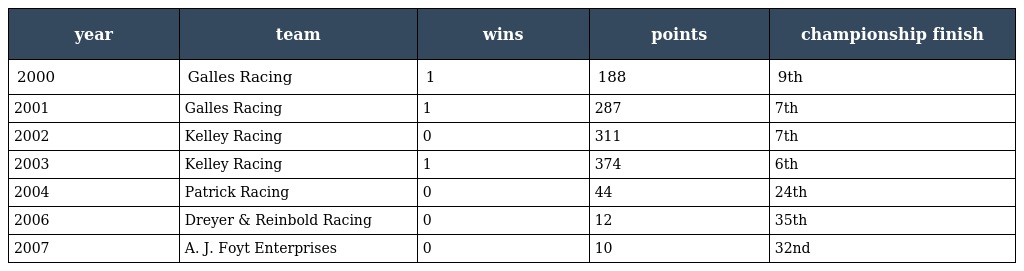
| year | team | wins | points | championship finish |
 | --- | --- | --- | --- | --- |
 | 2000 | Galles Racing | 1 | 188 | 9th |
 | 2001 | Galles Racing | 1 | 287 | 7th |
 | 2002 | Kelley Racing | 0 | 311 | 7th |
 | 2003 | Kelley Racing | 1 | 374 | 6th |
 | 2004 | Patrick Racing | 0 | 44 | 24th |
 | 2006 | Dreyer & Reinbold Racing | 0 | 12 | 35th |
 | 2007 | A. J. Foyt Enterprises | 0 | 10 | 32nd |